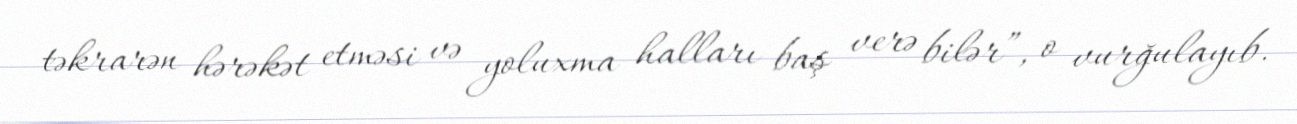
təkrarən hərəkət etməsi və yoluxma halları baş verə bilər”, o vurğulayıb.